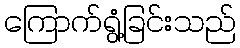
ကြောက်ရွံ့ခြင်းသည်